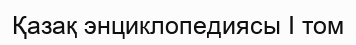
Қазақ энциклопедиясы I том